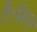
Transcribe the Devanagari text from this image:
रैस्लिन